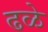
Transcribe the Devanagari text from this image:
ढळे